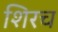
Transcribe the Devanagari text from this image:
शिरच